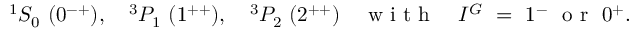
^ { 1 } S _ { 0 } \ ( 0 ^ { - + } ) , \quad ^ { 3 } P _ { 1 } \ ( 1 ^ { + + } ) , \quad ^ { 3 } P _ { 2 } \ ( 2 ^ { + + } ) \quad \textrm { w i t h } \quad I ^ { G } \ = \ 1 ^ { - } \ \textrm { o r } \ 0 ^ { + } .